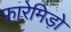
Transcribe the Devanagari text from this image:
फारेमिड़ो